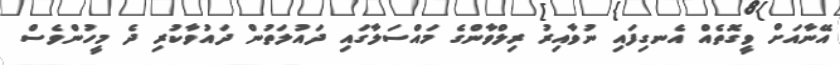
އޭނާއަށް ވީގޮތެއް އެނގިފައި ނުވާއިރު ރިލްވާންގެ މައްސަލާގައި ދައުލަތުން ދައުވާކުރި ދެ މީހުންވެސް